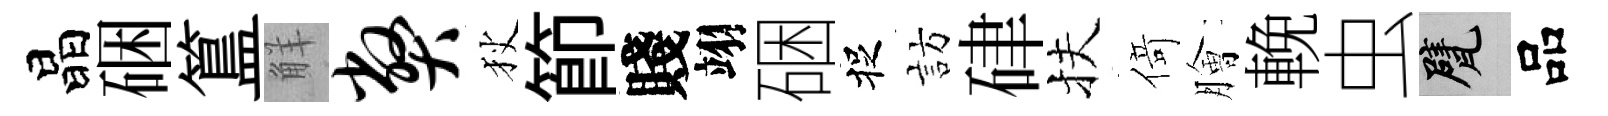
晶硱簋觧弊狄節賤翊硱捉訪硉扶𠋣膾輓虫甓品